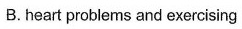
B. heart problems and exercising